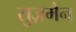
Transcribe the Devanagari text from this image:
सुज़मैन